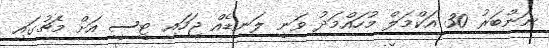
ނަންބަރު 30 އަކްމަލް މުހައްމަދު ވަނީ ލަނޑެއް ޖަހައި ޓީސީ އަށް މެޗުގައި